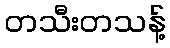
တသီးတသန့်